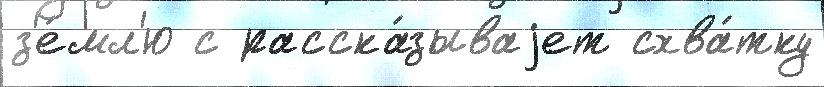
з'е́мл'ю с расска́зываjет схва́тку